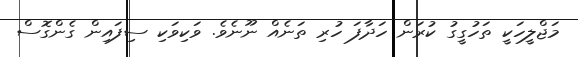
މަޖްލީހަކީ ތަހުގީގު ކުރަން ހަދާފަ ހުރި ތަނެއް ނޫނެވެ. ވަކިވަކި ސިފައިން ގެންގޮސް